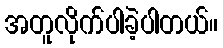
အတူလိုက်ပါခဲ့ပါတယ်။